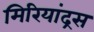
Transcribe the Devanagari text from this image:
मिरियांद्रस